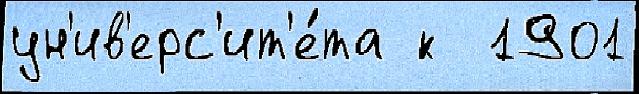
ун'ив'ерс'ит'е́та к  1901